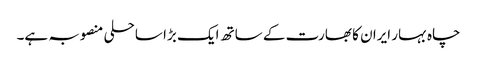
چاہ بہار ایران کا بھارت کے ساتھ ایک بڑا ساحلی منصوبہ ہے۔